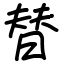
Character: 替